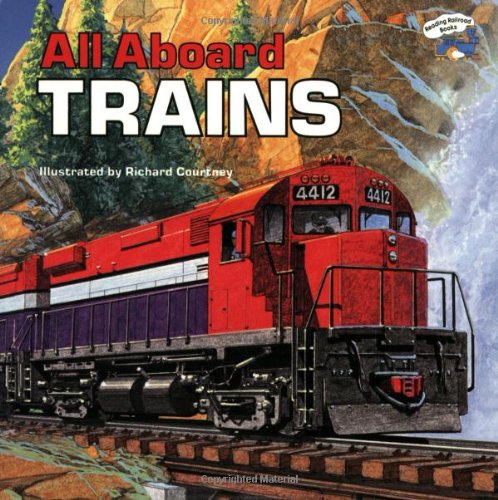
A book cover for All Aboard Trains (Reading Railroad); Mary Harding; Children's Books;